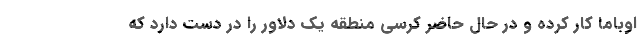
اوباما کار کرده و در حال حاضر کرسی منطقه یک دلاور را در دست دارد که